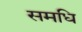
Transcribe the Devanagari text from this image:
समधि